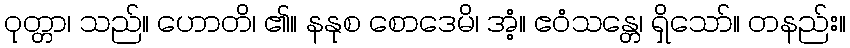
ဝုတ္တာ၊ သည်။ ဟောတိ၊ ၏။ နနုစ စောဒေမိ၊ အံ့။ ဧဝံသန္တေ၊ ရှိသော်။ တနည်း။